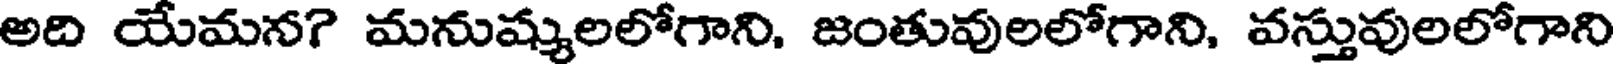
అది యేమన? మనుష్యులలోగాని. జంతువులలోగాని, వస్తువులలోగాని